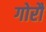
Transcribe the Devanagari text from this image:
गोरौ